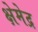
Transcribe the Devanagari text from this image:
क्षेमेद्र